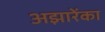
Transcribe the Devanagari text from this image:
अझारेंका